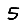
Digit: 5